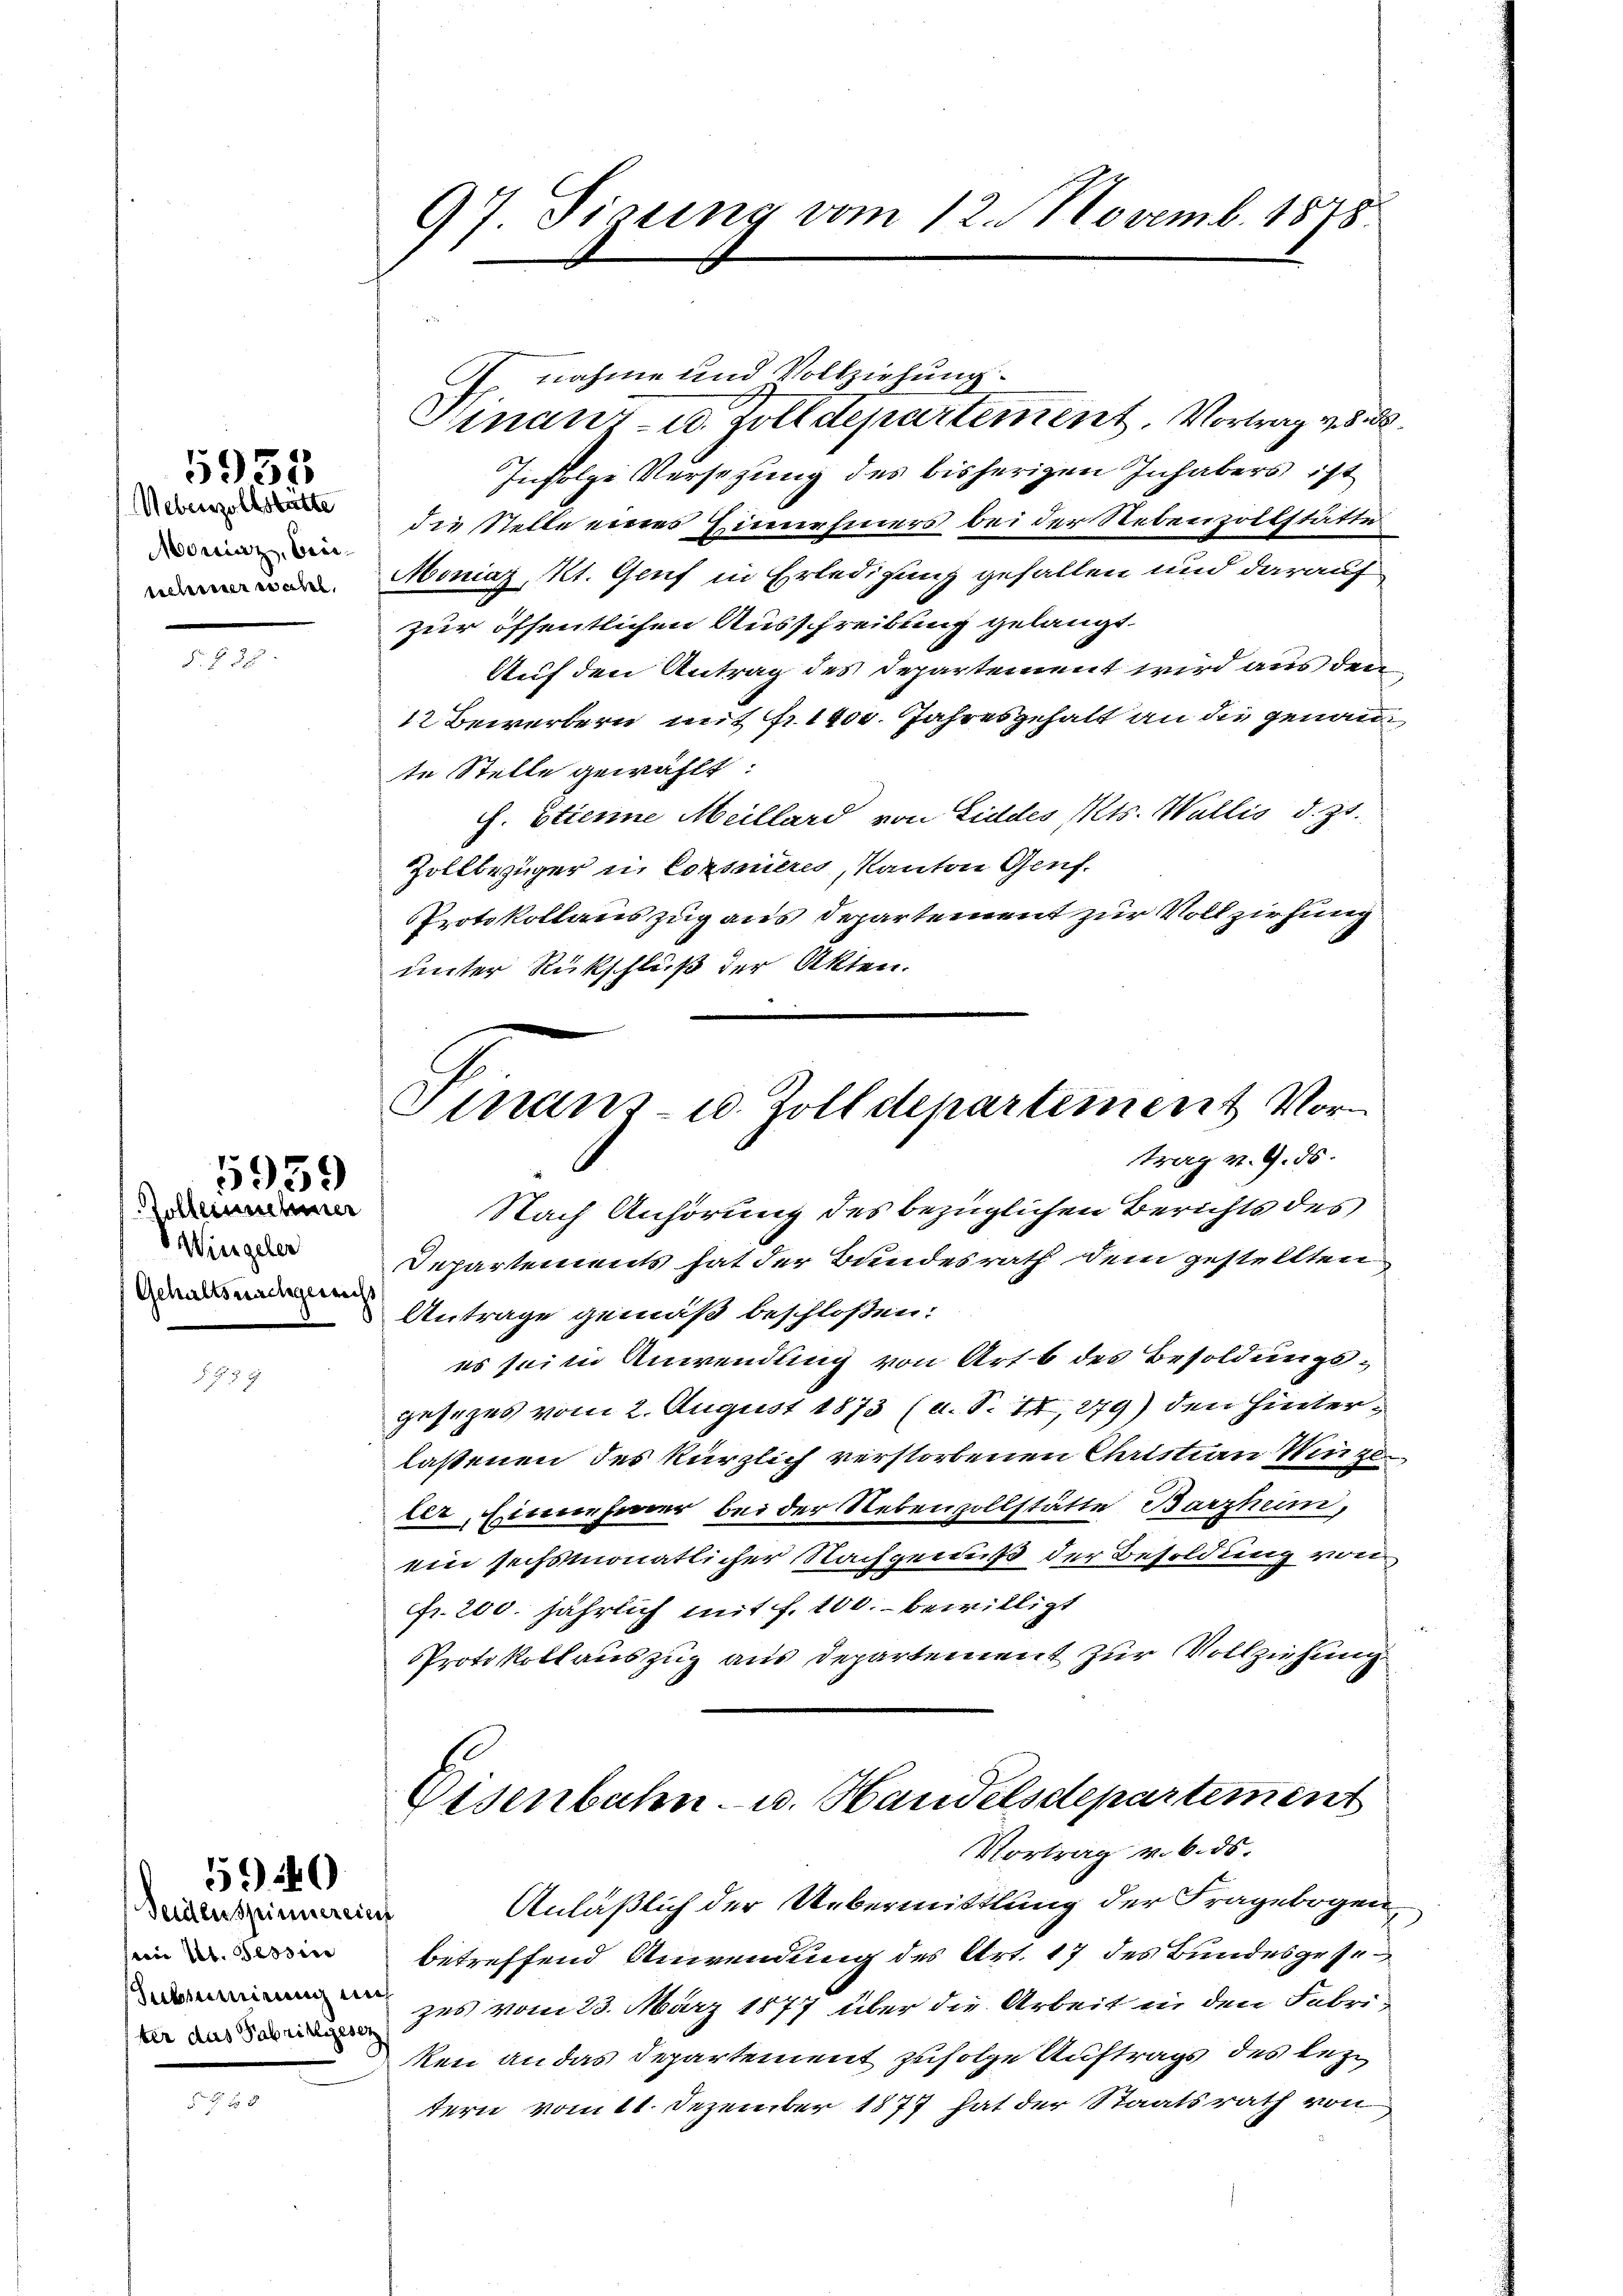
Ueberzollstatte
oninz, brieschiener waren.

5951

§. § 38

Zollernehmer
Wingeler
Gehaltsnachgewechs

S

5959

57

Seitenspinnereinf
sein St. Tessin
ter das Fabrikgesez

590

97 Sirung vom 12. Novemb. 1878

nnahme und Vollziehung
Hinanz- u. Zolldepartement. Vortrag vo
Infolge Versezung des bisherigen Inhabers ist
die Stelle eines Zinnehmers bei der Nebenzollstätte
Moniaz, Kt. Genf in Erledigung gefallen und darauf
zur öffentlichen Ausschreibung gelangt.
Auf den Antrag des Departement wird aus den
12 Bewertern mit fr. 1400. Jahresgehalt an die genau
te Stelle gewählt:
ch. Etienne Meillard von Liddes Mts. Wallis d. Js.
Zollbezüger in Cornieres, Kanton Genf.
Protokollauszug aus Departement zur Vollziehung
unter Rückschluß der Akten.

Nach Anhörung des bezüglichen Berichts des
Departements hat der Bundesrath dem gestellten
Antrage gemäß beschloßen:
es sei in Anwendung von Art b des Besoldungsgesezes vom 2. August 1873 (a. S. II, 279) den Hinterlassenen des kürzlich verstorbenen Christian Weize
ler, Einnehmer bei der Nebenzollstätte Barzheim,
ein sechsmonatlicher Nachgenuß der Besoldung von
fr. 200. jährlich mit f. 100. bewilligt
Protokollauszug aus Departement zur Vollziehung

Strans- u. Zolldepartement Vortrag v. 9. 58.

Eisenbahn- u. Handelsdepartement
Vortrag v. 6. ds.
Anläßlich der Uebermittlung der Fragebogen

betreffend Anwendung des Art. 17 des Bundesgesezes vom 23. März 1877 über die Arbeit in den Fabri-
ken an das Departement zufolge Auftrags des leztern vom 11. Dezember 1877 hat der Staatsrath von